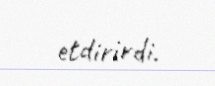
etdirirdi.